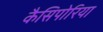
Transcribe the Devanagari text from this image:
कैसिपोरिया